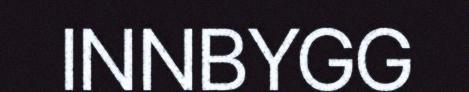
INNBYGG